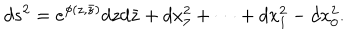
d s ^ { 2 } = e ^ { \phi ( z , \bar { z } ) } d z d \bar { z } + d x _ { 7 } ^ { 2 } + \cdots + d x _ { 1 } ^ { 2 } - d x _ { 0 } ^ { 2 } .